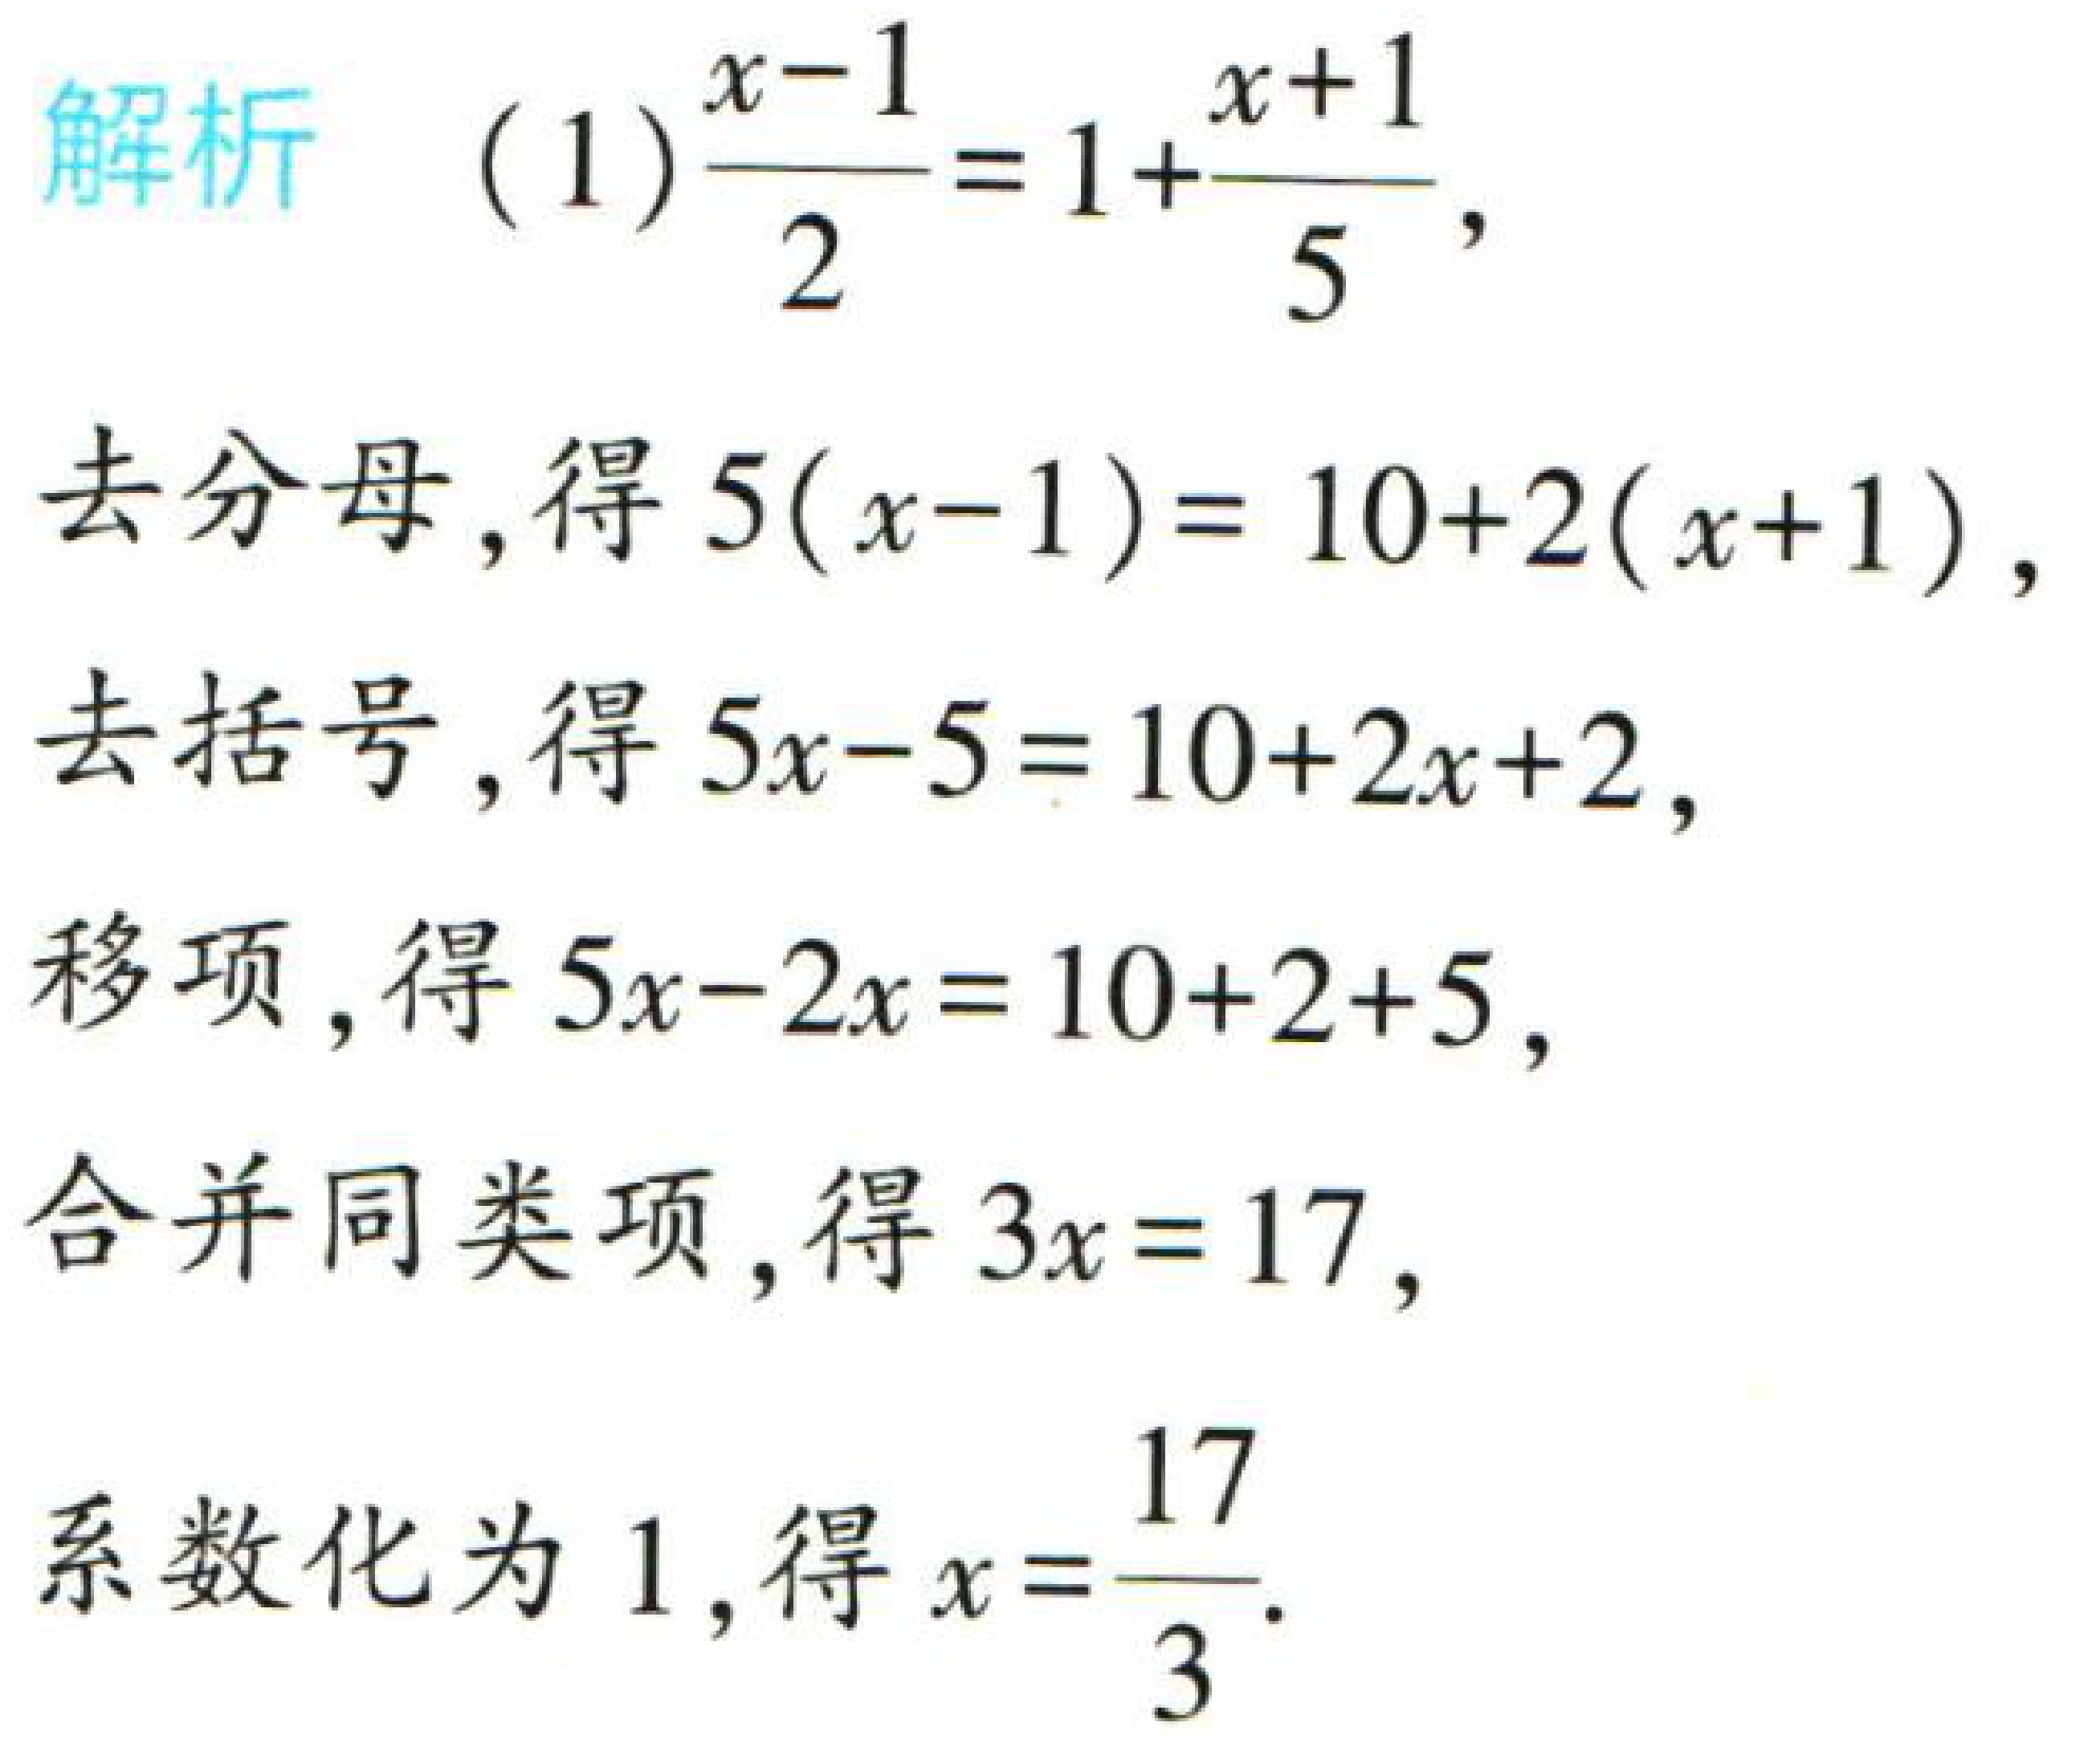
解析 （1）\(\frac{x - 1}{2}=1+\frac{x + 1}{5}\)，

去分母，得\(5(x - 1)=10 + 2(x + 1)\)，

去括号，得\(5x - 5=10 + 2x + 2\)，

移项，得\(5x - 2x=10 + 2 + 5\)，

合并同类项，得\(3x = 17\)，

系数化为\(1\)，得\(x=\frac{17}{3}\)。